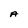
Character: A